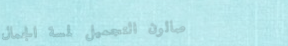
صالون التجميل لمسة الجمال